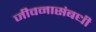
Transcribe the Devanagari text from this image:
जीवनासंबधी